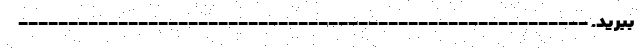
ببرید. ---------------------------------------------------------